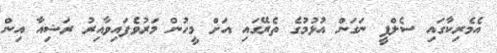
އެމެރިކާގައި ސެލްފީ ނަގަން އުޅުމުގެ ތެރޭގައި އަށް މީހުން މަރުވެފައިވާއިރު ރަޝިއާ އިން